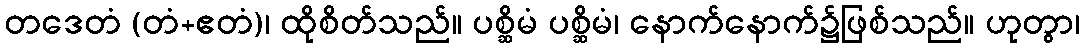
တဒေတံ (တံ+ဧတံ)၊ ထိုစိတ်သည်။ ပစ္ဆိမံ ပစ္ဆိမံ၊ နောက်နောက်၌ဖြစ်သည်။ ဟုတွာ၊